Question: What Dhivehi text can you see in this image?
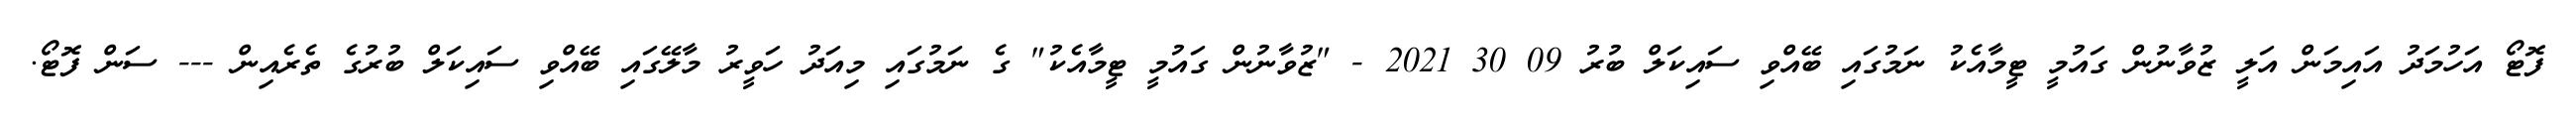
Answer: ފޮޓޯ އަހުމަދު އައިމަން އަލީ ޒުވާނުން ގައުމީ ޓީމާއެކު ނަމުގައި ބޭއްވި ސައިކަލް ބުރު 09 30 2021 - "ޒުވާނުން ގައުމީ ޓީމާއެކު" ގެ ނަމުގައި މިއަދު ހަވީރު މާލޭގައި ބޭއްވި ސައިކަލް ބުރުގެ ތެރެއިން --- ސަން ފޮޓޯ.